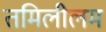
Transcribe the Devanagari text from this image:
तमिलीलम